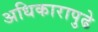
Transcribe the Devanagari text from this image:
अधिकारापुढे